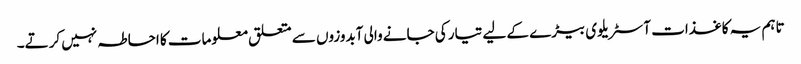
تاہم یہ کاغذات آسٹریلوی بیڑے کے لیے تیار کی جانے والی آبدوزوں سے متعلق معلومات کا احاطہ نہیں کرتے۔